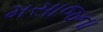
મસાજના